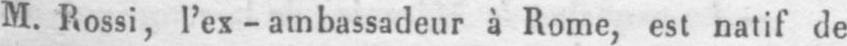
M. Rossi, l’ex-ambassadeur à Rome, est natif de